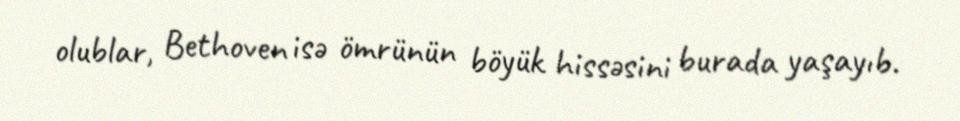
olublar, Bethoven isə ömrünün böyük hissəsini burada yaşayıb.